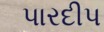
પારદીપ